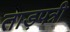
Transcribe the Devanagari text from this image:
ताड़पत्री